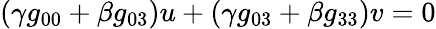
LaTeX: (\gamma g_{00}+\beta g_{03})u+(\gamma g_{03}+\beta g_{33})v=0